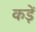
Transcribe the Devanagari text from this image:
कड़ें